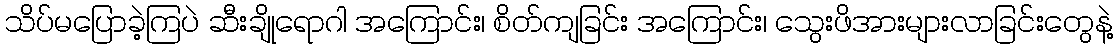
သိပ်မပြောခဲ့ကြပဲ ဆီးချိုရောဂါ အကြောင်း၊ စိတ်ကျခြင်း အကြောင်း၊ သွေးဖိအားများလာခြင်းတွေနဲ့